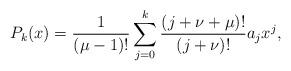
LaTeX: \begin{align*} P_k(x) = \frac{1}{(\mu-1)!} \sum_{j=0}^k \frac{(j+\nu+\mu)!}{(j+\nu)!}a_jx^j, \end{align*}